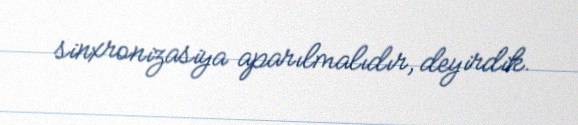
sinxronizasiya aparılmalıdır, deyirdik.